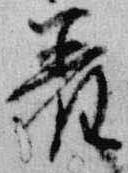
着